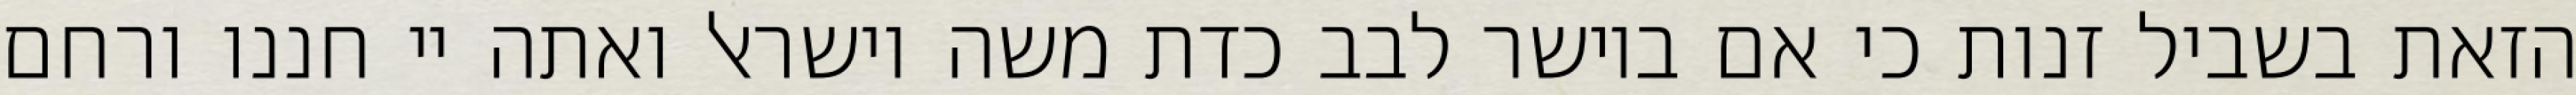
הזאת בשביל זנות כי אם ביושר לבב כדת משה וישראל ואתה יי חננו ורחם